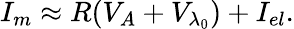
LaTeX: {{I_{m}}}\approx R({{V}_{{A}}}+{{V}_{{{\lambda}_{0}}}})+I_{el}.